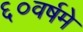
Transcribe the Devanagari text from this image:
६०वर्षमे